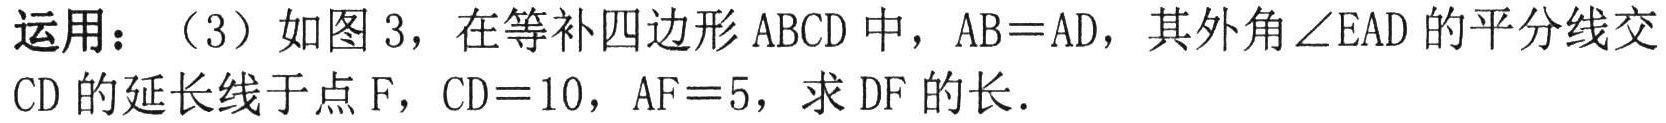
运用：（3）如图 3，在等补四边形 ABCD 中，AB = AD，其外角\(\angle EAD\)的平分线交 CD 的延长线于点 F，CD = 10，AF = 5，求 DF 的长．